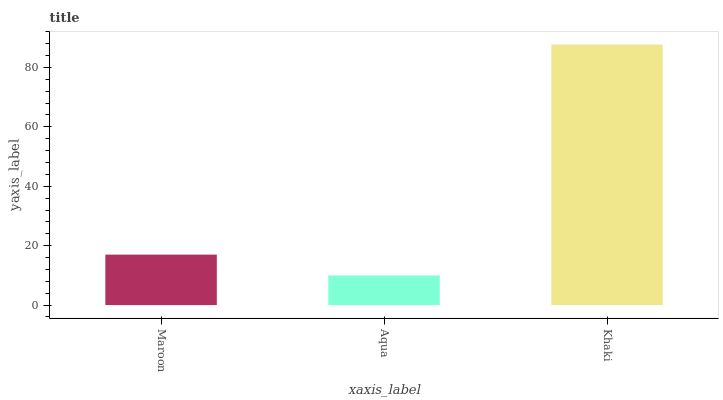
| xaxis_label | bars |
 | --- | --- |
 | Maroon | 17 |
 | Aqua | 9.97 |
 | Khaki | 87.7 |